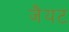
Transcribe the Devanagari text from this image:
जैयट